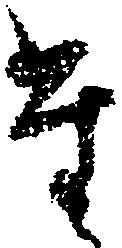
た